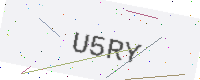
Text: U5RY